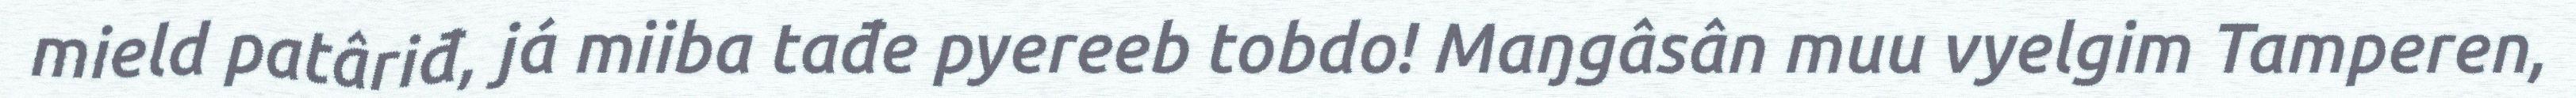
mield patâriđ, já miiba tađe pyereeb tobdo! Maŋgâsân muu vyelgim Tamperen,